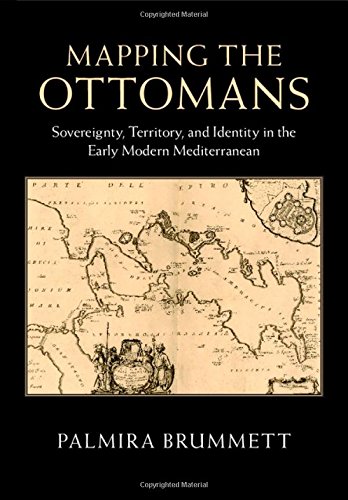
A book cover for Mapping the Ottomans: Sovereignty, Territory, and Identity in the Early Modern Mediterranean; Palmira Brummett; Science & Math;